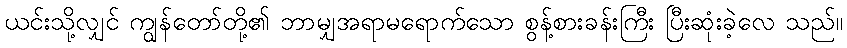
ယင်းသို့လျှင် ကျွန်တော်တို့၏ ဘာမျှအရာမရောက်သော စွန့်စားခန်းကြီး ပြီးဆုံးခဲ့လေ သည်။